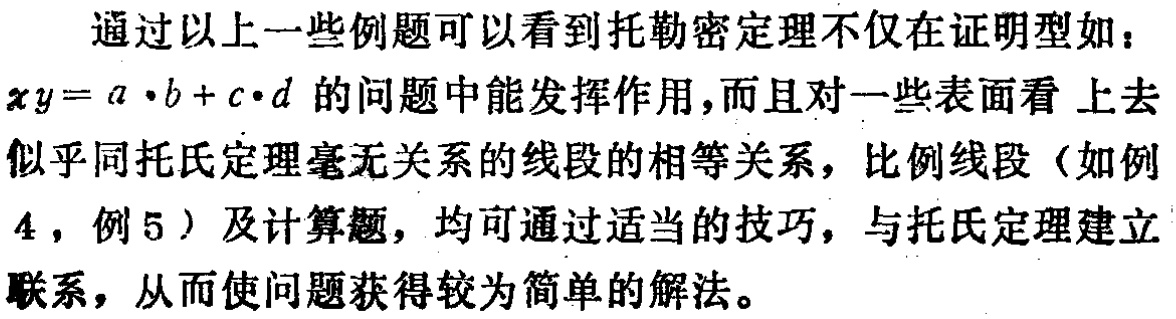
通过以上一些例题可以看到托勒密定理不仅在证明型如：
\(xy = a\cdot b + c\cdot d\) 的问题中能发挥作用，而且对一些表面看上去
似乎同托氏定理毫无关系的线段的相等关系，比例线段（如例
4，例5）及计算题，均可通过适当的技巧，与托氏定理建立
联系，从而使问题获得较为简单的解法。